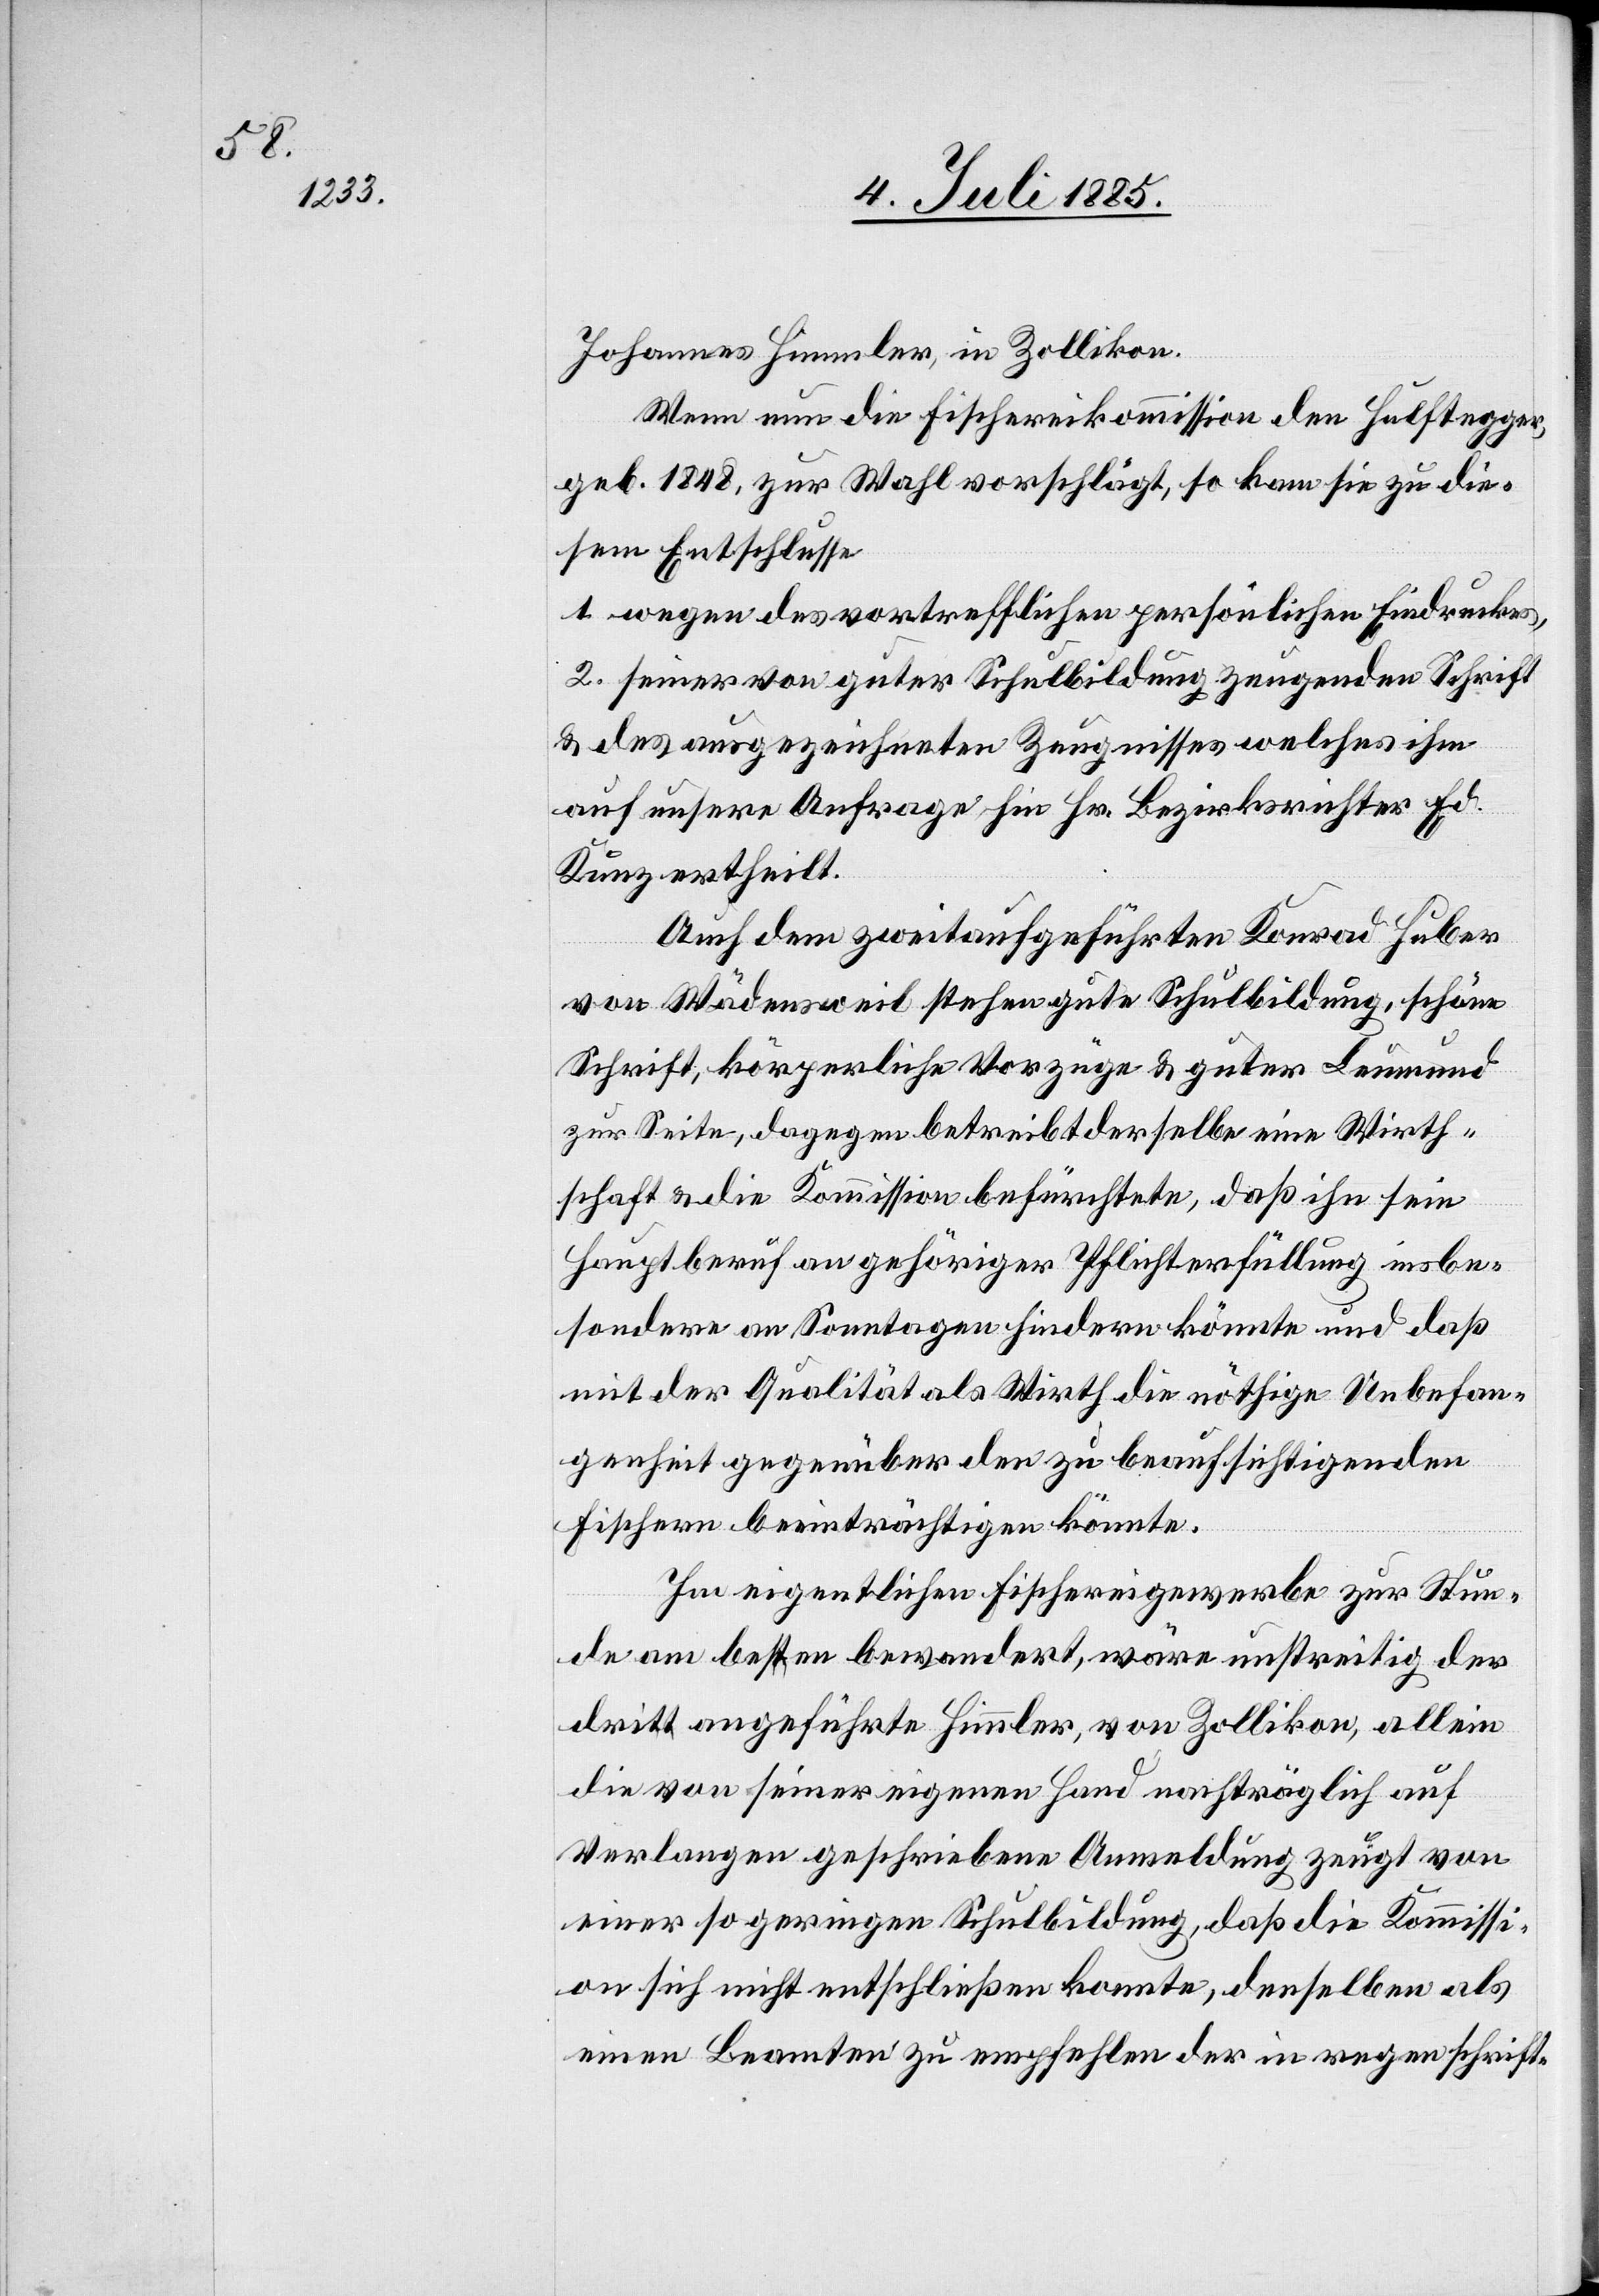
Johannes Himmler, in Zollikon.
Wenn nun die Fischereikommission den Hulftegger,
geb. 1848, zur Wahl vorschlägt, so kam sie zu die¬
sem Entschlusse
1. wegen des vortrefflichen persönlichen Eindruckes,
2. seiner von guter Schulbildung zeugenden Schrift
& des ausgezeichneten Zeugnisses welches ihm
auf unsere Anfrage hin Hr. Bezirksrichter Ed.
Kunz ertheilt.
Auch dem zweitaufgeführten Konrad Huber
von Wädensweil stehen gute Schulbildung, schöne
Schrift, körperliche Vorzüge & guter Leumund
zur Seite, dagegen betreibt derselbe eine Wirth¬
schaft & die Kommission befürchtete, daß ihn sein
Hauptberuf an gehöriger Pflichterfüllung insbe¬
sondere an Sonntagen hindern könnte und daß
mit der Qualität als Wirth die nöthige Unbefan¬
genheit gegenüber den zu beaufsichtigenden
Fischern beeinträchtigen könnte.
Im eigentlichen Fischereigewerbe zur Stun¬
de am besten bewandert, wäre unstreitig der
dritt angeführte Himmler, von Zollikon, allein
die von seiner eigenen Hand nachträglich auf
Verlangen geschriebene Anmeldung zeugt von
einer so geringen Schulbildung, daß die Kommissi¬
on sich nicht entschließen konnte, denselben als
einen Beamten zu empfehlen der in regen schrift-